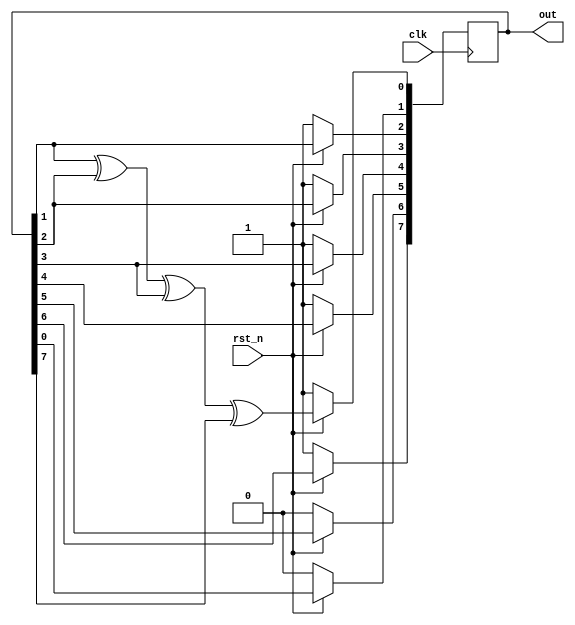
`timescale 1ns/1ps

module Q3(clk, rst_n, out);

    input clk, rst_n;
    output reg [8-1:0] out;

    always @(posedge clk) begin
        if (~rst_n) begin
            out <= 8'b10111101;
        end else begin
            out[7] <= out[6];
            out[6] <= out[5];
            out[5] <= out[4];
            out[4] <= out[3];
            out[3] <= out[2];
            out[2] <= out[1];
            out[1] <= out[0];
            out[0] <= (out[1] ^ out[2] ^ out[3] ^ out[7]);
        end
    end
    always #(5) begin
        $display("out: %b", out);
    end
endmodule